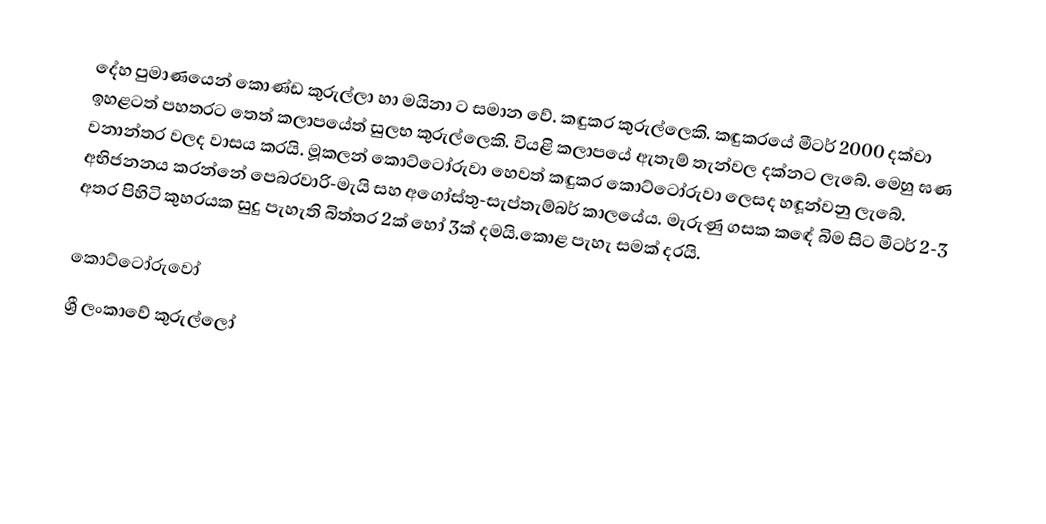
දේහ පුමාණයෙන් කොණ්ඩ කුරුල්ලා හා මයිනා ට සමාන වේ. කඳුකර කුරුල්ලෙකි. කඳුකරයේ මීටර් 2000 දක්වා ඉහළටත් පහතරට තෙත් කලාපයේත් සුලභ කුරුල්ලෙකි. වියළි කලාපයේ ඇතැම් තැන්වල දක්නට ලැබේ. මෙහු ඝණ වනාන්තර වලද වාසය කරයි. මූකලන් ‍කොට්ටෝරුවා හෙවත් කඳුකර කොට්ටෝරුවා ලෙසද හඳූන්වනු ලැබේ. අභිජනනය කරන්නේ පෙබරවාරි-මැයි සහ අගෝස්තු-සැප්තැම්බර් කාලයේය. මැරුණු ගසක කඳේ බිම සිට මීටර් 2-3 අතර පිහිටි කුහරයක සුදු පැහැති බිත්තර 2ක් හෝ 3ක් දමයි.කොළ පැහැ සමක් දරයි.

කොට්ටෝරුවෝ
ශ්‍රී ලංකාවේ කුරුල්ලෝ